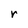
Character: r